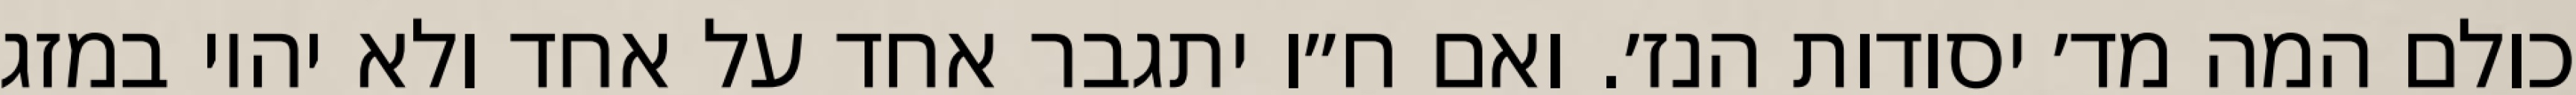
כולם המה מד׳ יסודות הנז׳. ואם ח״ו יתגבר אחד על אחד ולא יהיו במזג